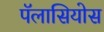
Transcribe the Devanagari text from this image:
पॅलासियोस